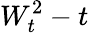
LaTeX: W_{t}^{2}-t